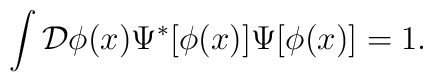
\int {\cal {D}}\phi (x)\Psi ^{\ast }[\phi (x)]\Psi [\phi (x)]=1.